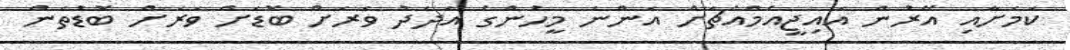
ކަމަށާއި އޭރުން އައިޖީއެމްއެޗަށް އަންނަ މީހުންގެ އަދަދު ވަރަށް ބޮޑަށް ވަރަށް ބޮޑުތަން